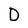
Character: D